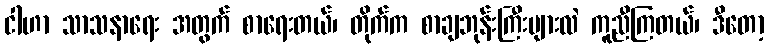
ငါဟာ သာသနာရေး အတွက် စာရေးတယ်၊ တိုက်က စာချဘုန်းကြီးများလဲ ကူညီကြတယ်၊ ဒီတော့